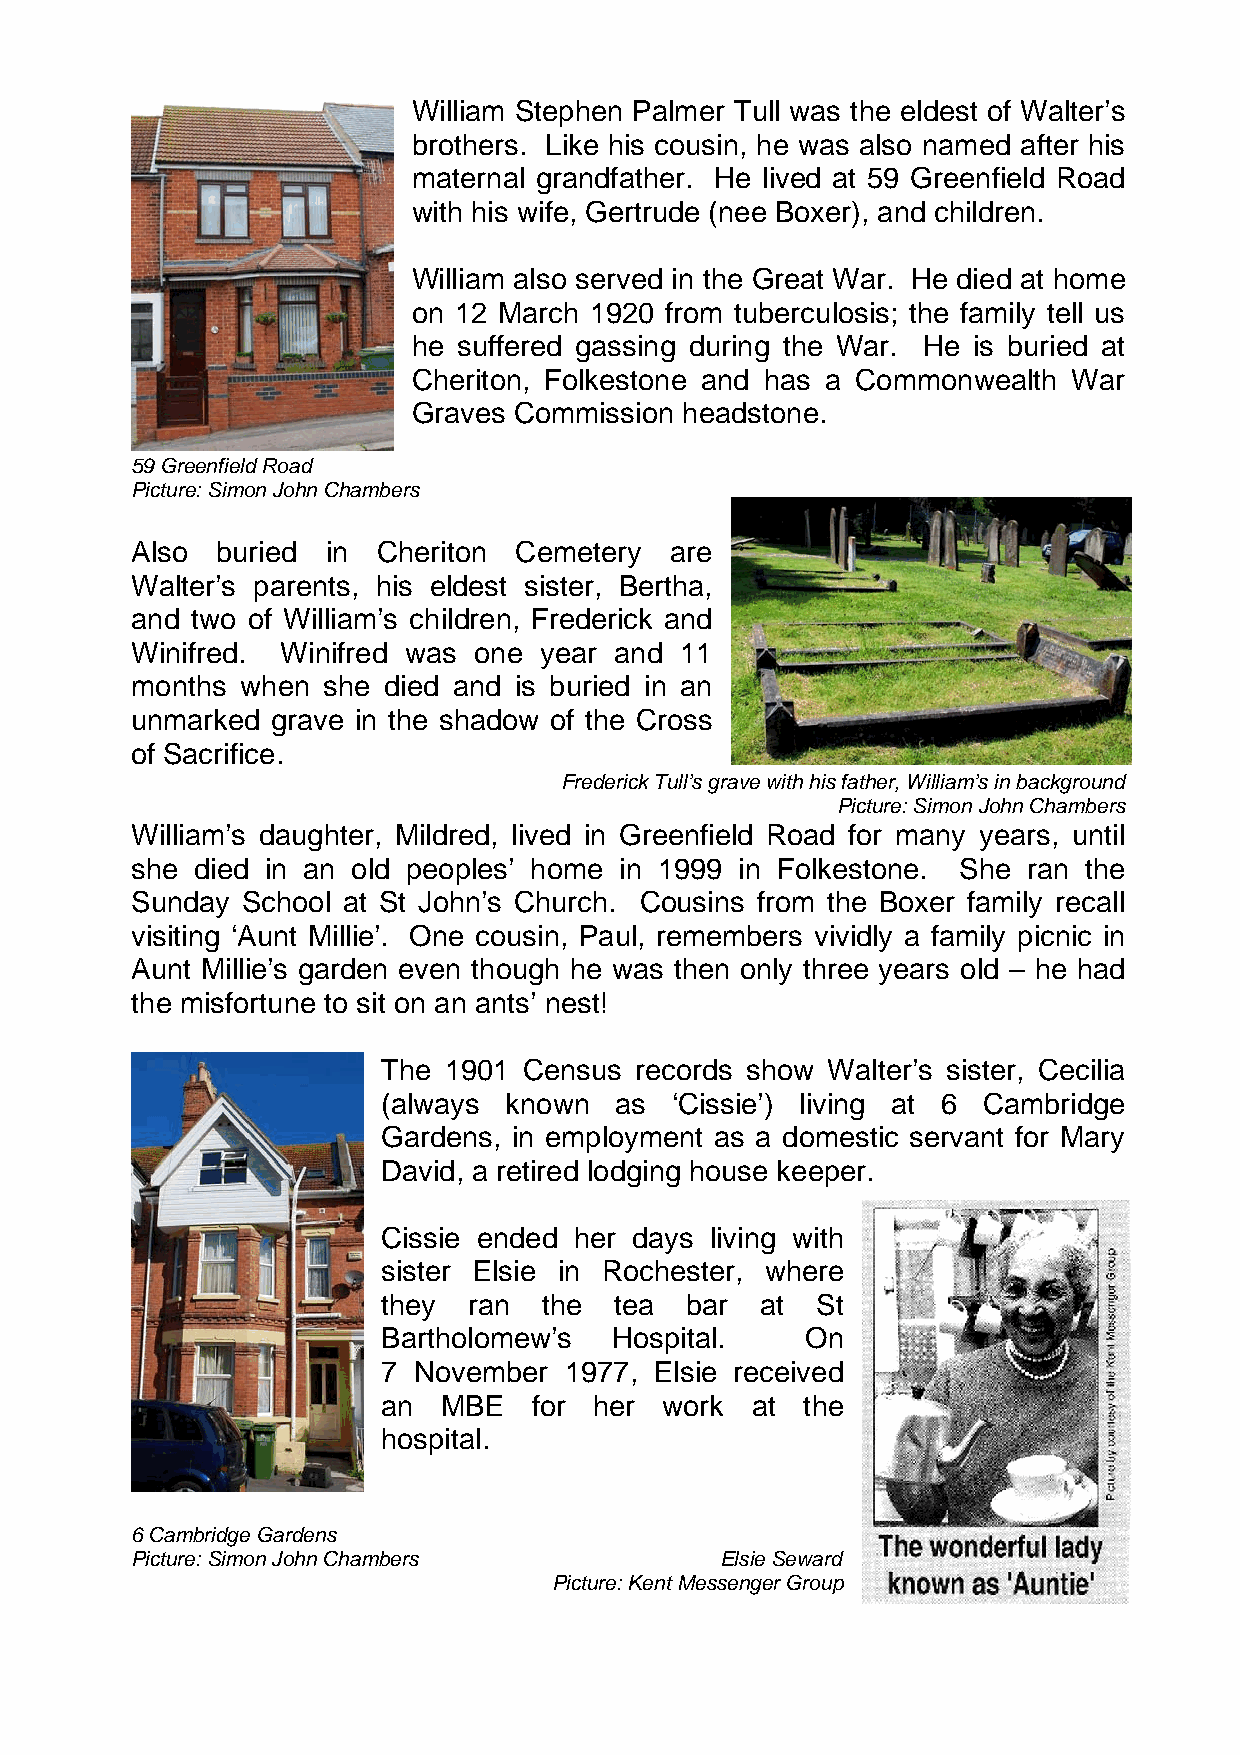
William Stephen Palmer Tull was the eldest of Walter’s
 brothers. Like his cousin, he was also named after his
 maternal grandfather. He lived at 59 Greenfield Road
 with his wife, Gertrude (nee Boxer), and children.
 William also served in the Great War. He died at home
 on 12 March 1920 from tuberculosis; the family tell us
 he suffered gassing during the War. He is buried at
 Cheriton, Folkestone and has a Commonwealth War
 Graves Commission headstone.
 59 Greenfield Road
 Picture: Simon John Chambers
 Also buried  in Cheriton Cemetery  are
 Walter’s parents, his eldest sister, Bertha,
 and two of William’s children, Frederick and
 Winifred. Winifred was one year and 11
 months when she died and is buried in an
 unmarked grave in the shadow of the Cross
 of Sacrifice.
 Frederick Tull’s grave with his father, William’s in background
 Picture: Simon John Chambers
 William’s daughter, Mildred, lived in Greenfield Road for many years, until
 she died in an old peoples’ home in 1999 in Folkestone. She ran the
 Sunday School at St John’s Church. Cousins from the Boxer family recall
 visiting ‘Aunt Millie’. One cousin, Paul, remembers vividly a family picnic in
 Aunt Millie’s garden even though he was then only three years old – he had
 the misfortune to sit on an ants’ nest!
 The 1901  Census records show Walter’s sister, Cecilia
 (always known   as ‘Cissie’) living at 6 Cambridge
 Gardens, in employment as a domestic servant for Mary
 David, a retired lodging house keeper.
 Cissie ended her days living with
 sister Elsie in Rochester, where
 they  ran  the  tea bar  at  St
 Bartholomew’s   Hospital.   On
 7 November  1977, Elsie received
 an  MBE   for her  work  at the
 hospital.
 6 Cambridge Gardens
 Picture: Simon John Chambers           Elsie Seward
 Picture: Kent Messenger Group